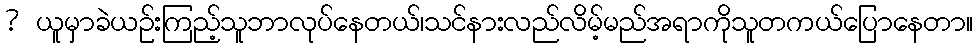
? ယူမှာခဲယဉ်းကြည့်သူဘာလုပ်နေတယ်၊သင်နားလည်လိမ့်မည်အရာကိုသူတကယ်ပြောနေတာ။